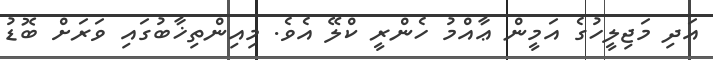
އަދި މަޖިލީހުގެ އަމީން ޢާއްމު ހެންރީ ކްލޭ އެވެ. މިއިންތިޚާބުގައި ވަރަށް ބޮޑު